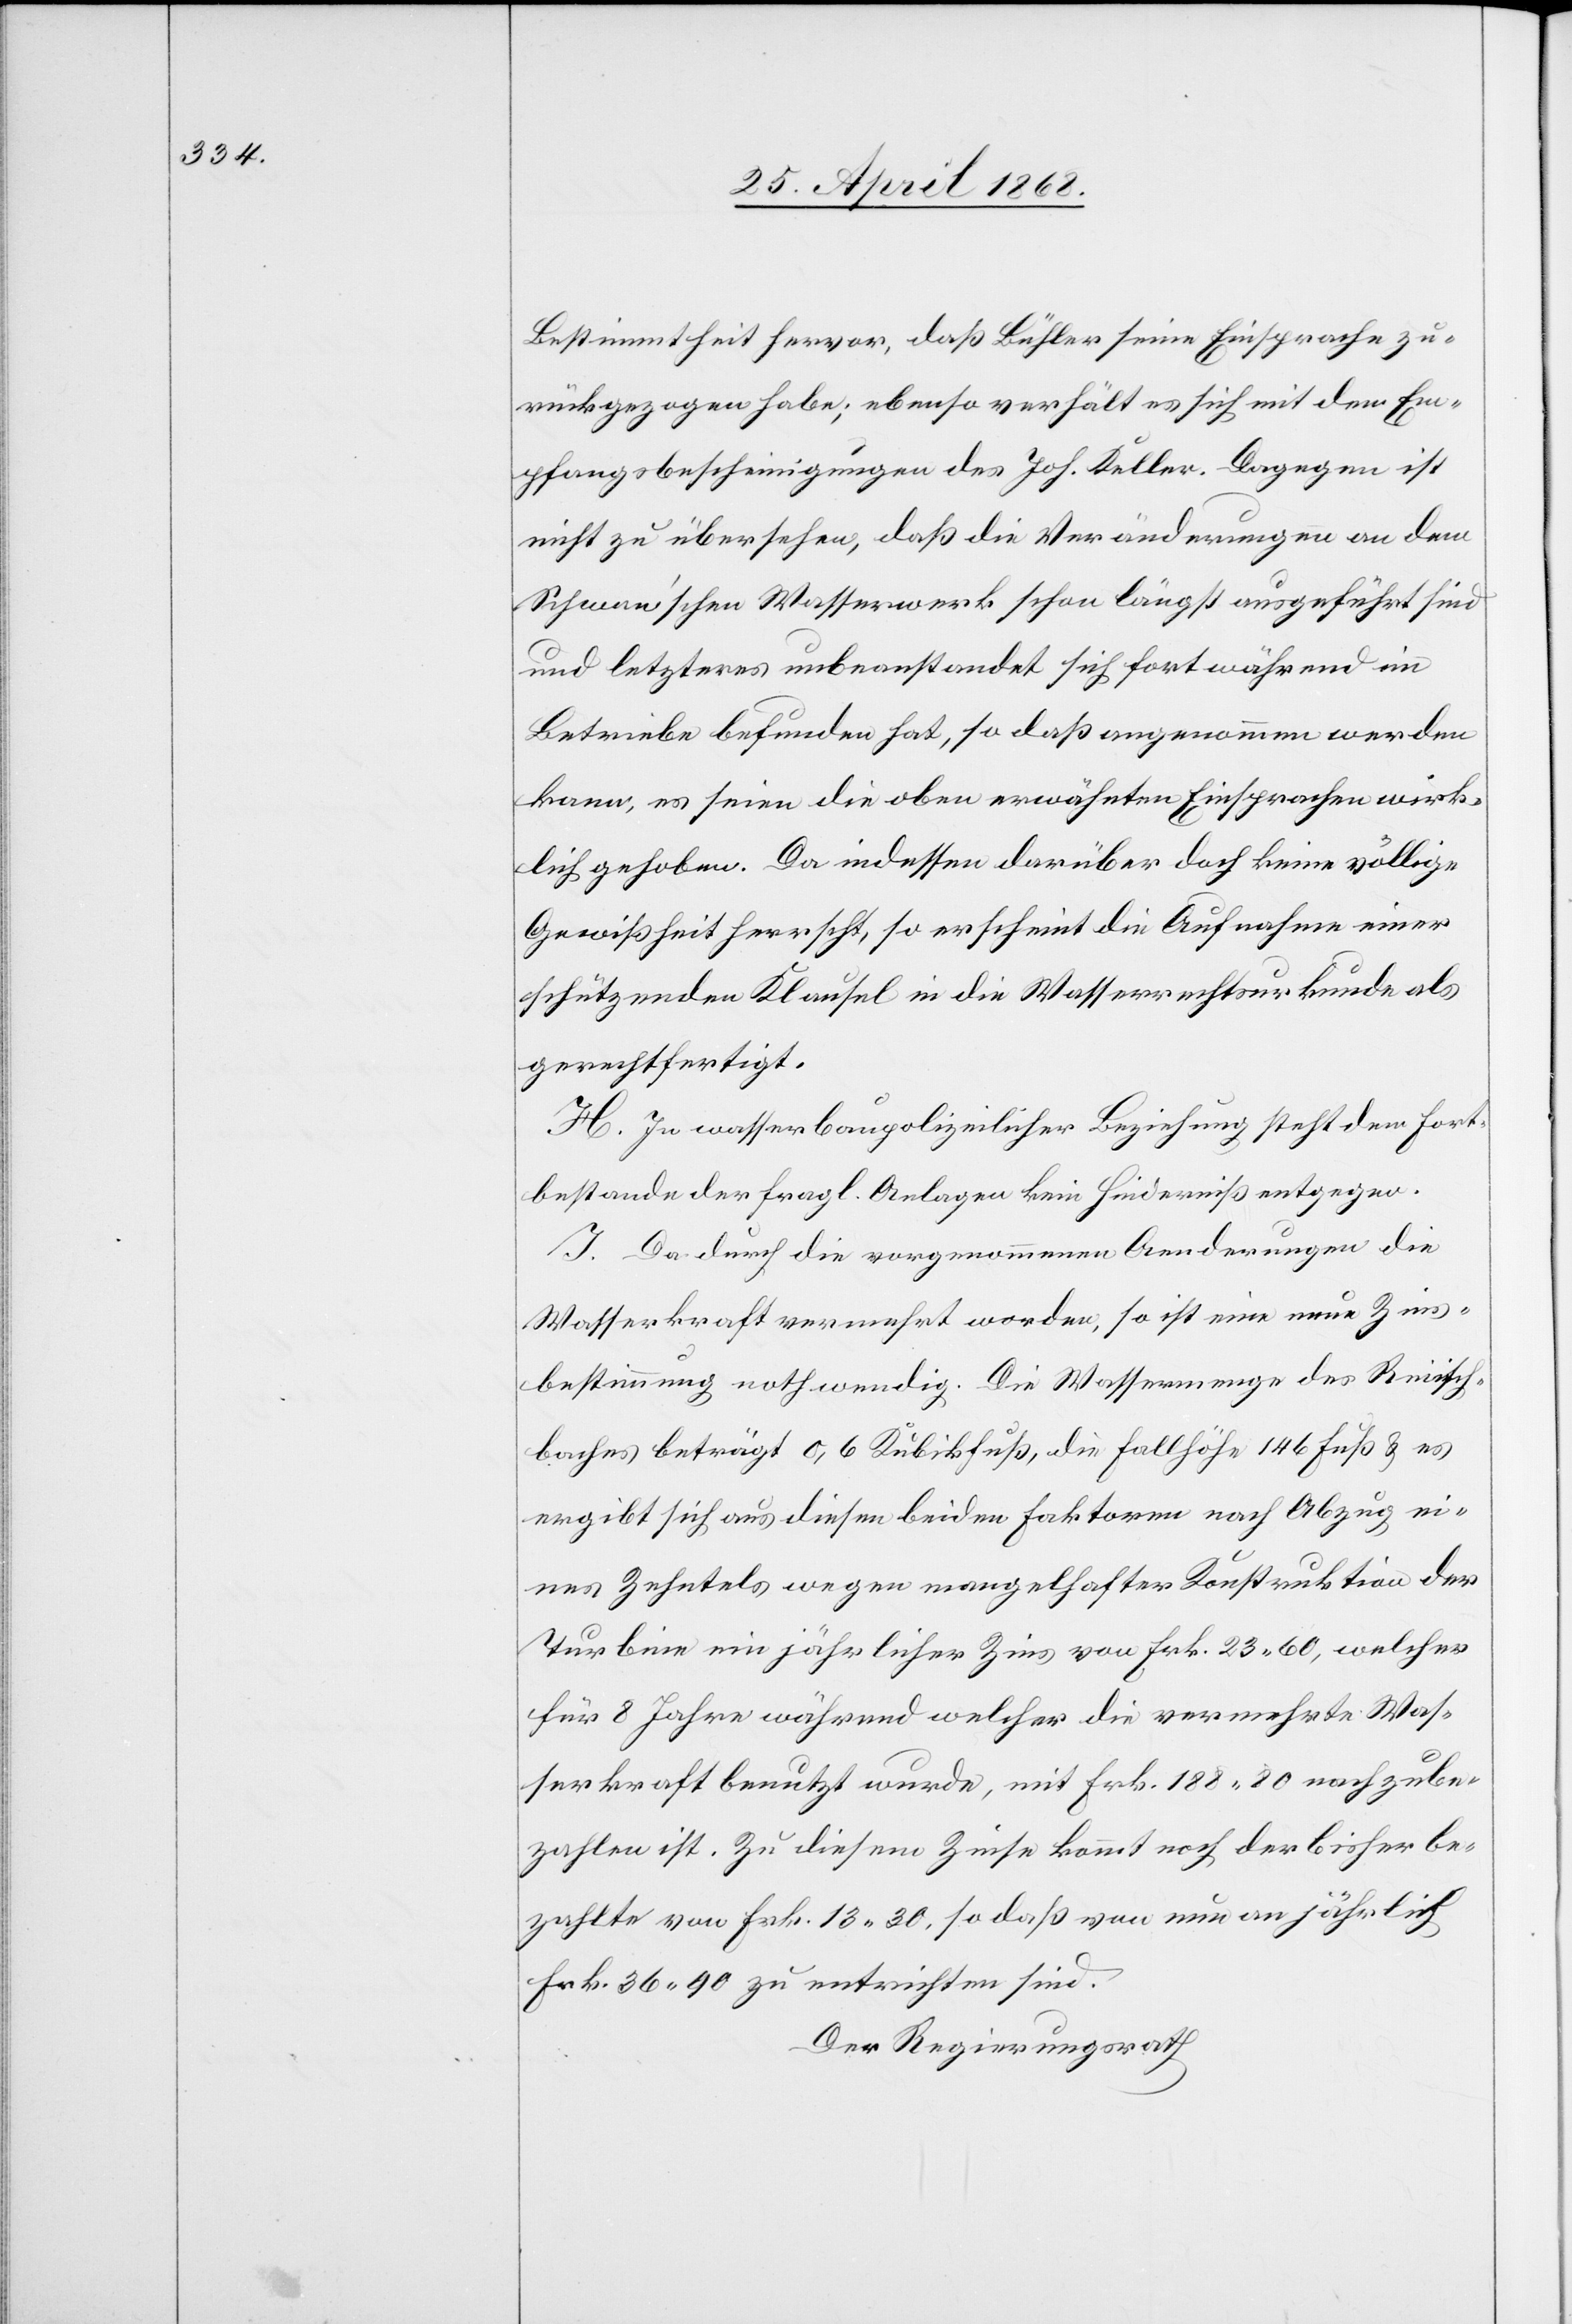
Bestimmtheit hervor, daß Bühler seine Einsprache zu¬
rückgezogen habe; ebenso verhält es sich mit den Em¬
pfangsbescheinigungen des Joh. Keller. Dagegen ist
nicht zu übersehen, daß die Veränderungen an dem
Schwan’schen Wasserwerk schon längst ausgeführt sind
und letzteres unbeanstandet sich fortwährend im
Betriebe befunden hat, so daß angenommen werden
kann, es seien die oben erwähnten Einsprachen wirk¬
lich gehoben. Da indessen darüber doch keine völlige
Gewißheit herrscht, so erscheint die Aufnahme einer
schützenden Klausel in die Wasserrechtsurkunde als
gerechtfertigt.
H. In wasserbaupolizeilicher Beziehung steht dem Fort¬
bestande der fragl. Anlagen kein Hinderniß entgegen.
I. Da durch die vorgenommenen Aenderungen die
Wasserkraft vermehrt worden, so ist eine neue Zins¬
bestimmung nothwendig. Die Wassermenge des Reinisch¬
baches beträgt 0,6 Kubikfuß, die Fallhöhe 146 Fuß & es
ergibt sich aus diesen beiden Faktoren nach Abzug ei¬
nes Zehntels wegen mangelhafter Konstruktion der
Turbine ein jährlicher Zins von Frk. 23. 60, welcher
für 8 Jahre während welcher die vermehrte Was¬
serkraft benutzt wurde, mit Frk. 188. 80 nachzube¬
zahlen ist. Zu diesem Zinse kommt noch der bisher be¬
zahlte von Frk. 13. 30, so daß von nun an jährlich
Frk. 36. 90 zu entrichten sind.
Der Regierungsrath